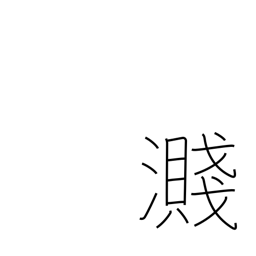
Meaning: splash